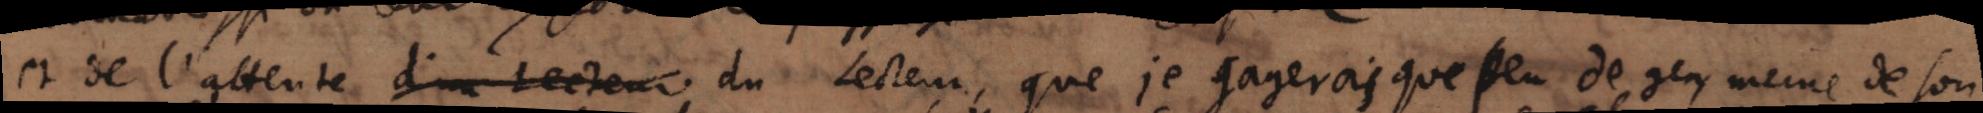
et de l’attente du lecteur, que je gagerois, que peu de gens mesme de son